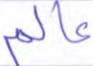
عالم